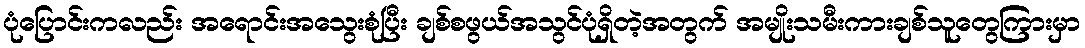
ပုံပြောင်းကလည်း အရောင်းအသွေးစုံပြီး ချစ်စဖွယ်အသွင်ပုံရှိတဲ့အတွက် အမျိုးသမီးကားချစ်သူတွေကြားမှာ